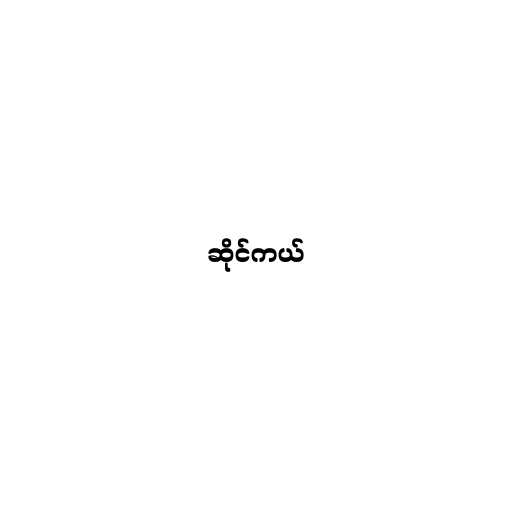
ဆိုင်ကယ်